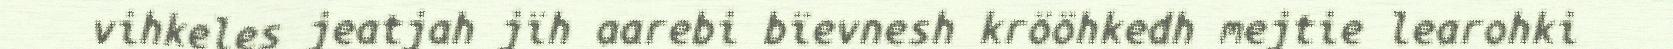
vihkeles jeatjah jïh aarebi bïevnesh krööhkedh mejtie learohki